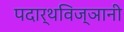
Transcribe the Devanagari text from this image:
पदार्थविज्ञानी